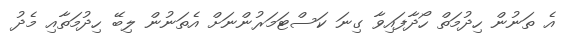
އެ ތަނުން ހިދުމަތް ހޯދާފައިވާ ގިނަ ކަސްޓަމަރުންނަށް އެތަނުން ލިބޭ ހިދުމަތާއި މެދު